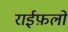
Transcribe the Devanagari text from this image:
राईफ़लों